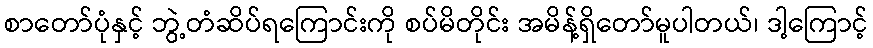
စာတော်ပုံနှင့် ဘွဲ့တံဆိပ်ရကြောင်းကို စပ်မိတိုင်း အမိန့်ရှိတော်မူပါတယ်၊ ဒါ့ကြောင့်